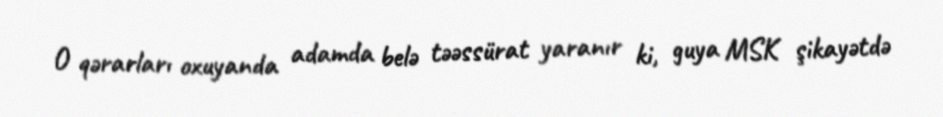
O qərarları oxuyanda adamda belə təəssürat yaranır ki, guya MSK şikayətdə